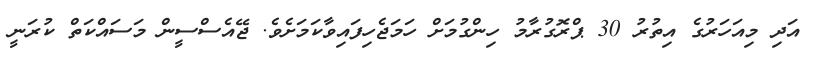
އަދި މިއަހަރުގެ އިތުރު 30 ޕްރޮގުރާމު ހިންގުމަށް ހަމަޖެހިފައިވާކަމަށެވެ. ޖޭއެސްސީން މަސައްކަތް ކުރަނީ